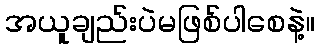
အယူချည်းပဲမဖြစ်ပါစေနဲ့။